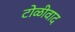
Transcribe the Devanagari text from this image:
टोळीवाद